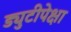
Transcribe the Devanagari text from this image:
ड्युटीपेक्षा